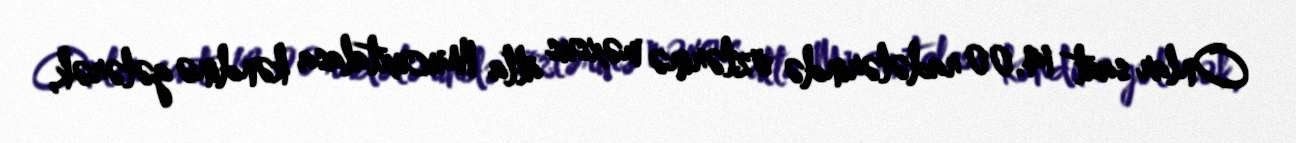
Onlar saat 14.00 radələrində özlərinə məxsus atla Mucuxtalasa kəndinə gələrək,